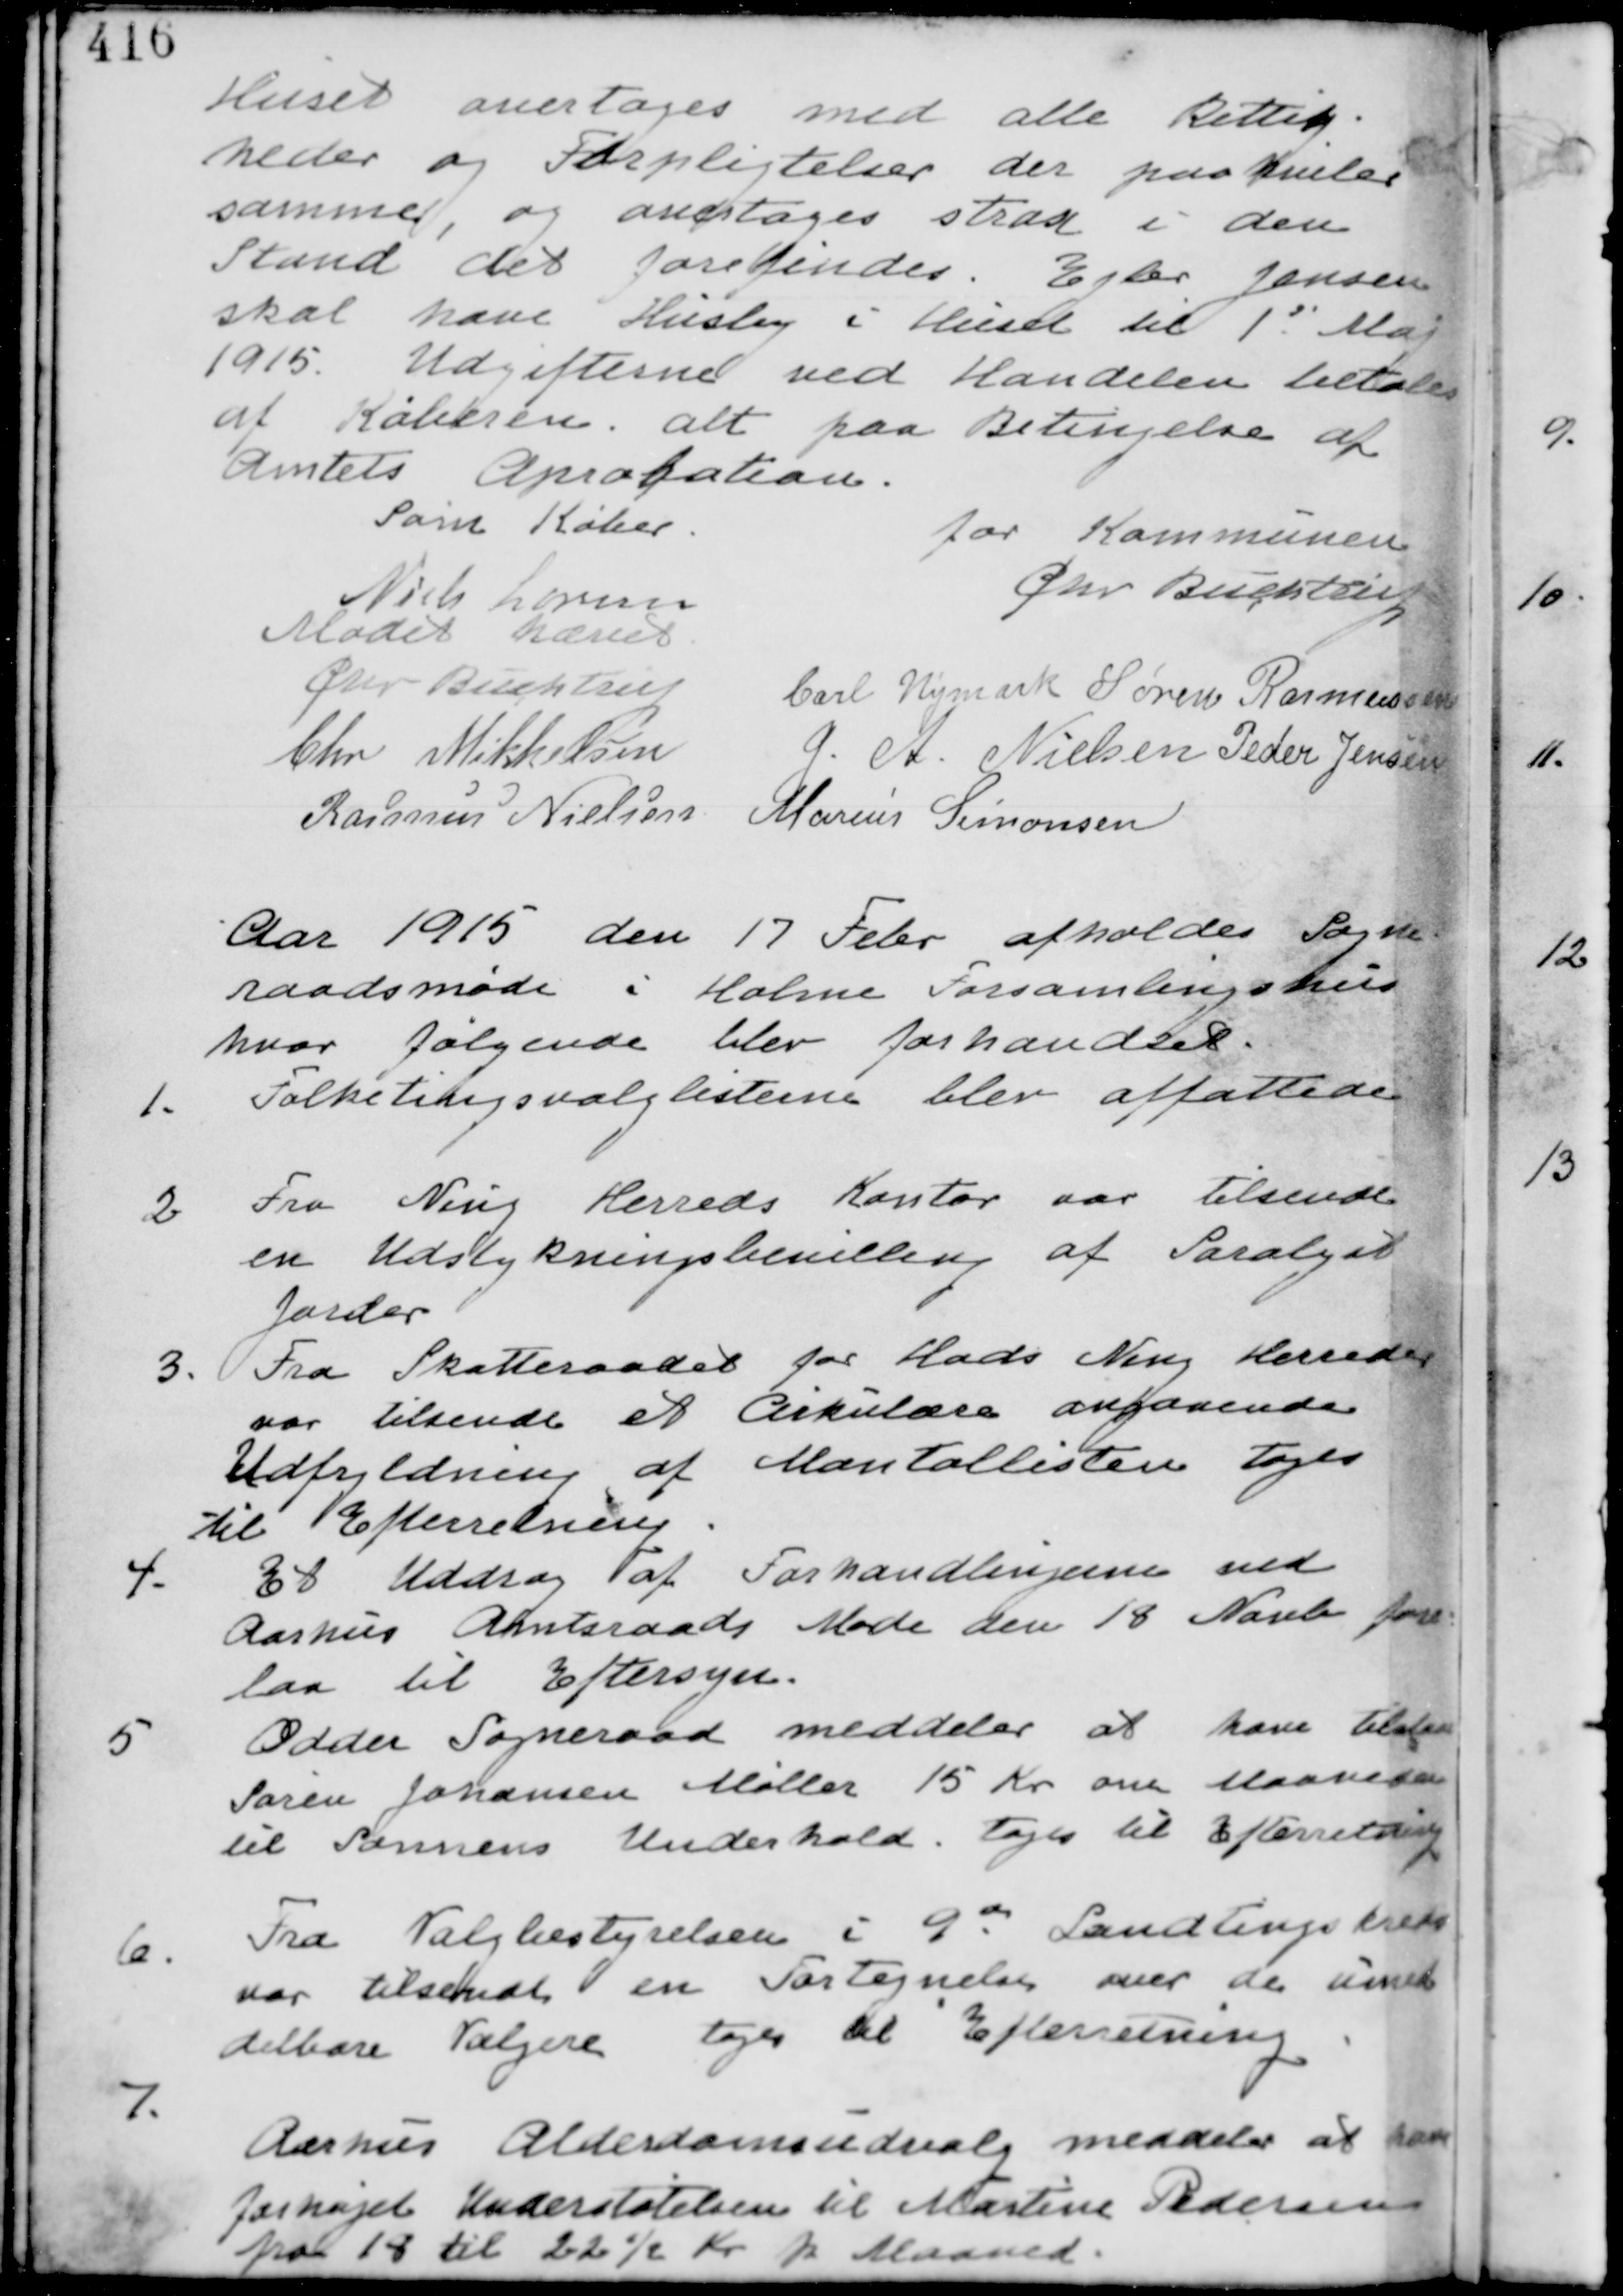
Transskription:
Huset overtages med alle Rettig-
heder og Forpligtelser der paahviler
samme, og overtages strax i den
Stand det forefindes. Ejler Jensen
skal have Husly i Huset til 1st Maj
1915. Udgifterne ved Handelen betales
af Køberen. alt paa Betingelse af
Amtets Apropation.

For Kommunen
Chr Buchtrup

Som Køber
Niels Larsen

Mødet hævet
Chr Buchtrup Carl Nymark Søren Rasmussen
Chr Mikkelsen G. A. Nielsen Peder Jensen
Rasmus Nielsen Marius Simonsen

Aar 1915 den 17 Febr afholdes Sogne-
raadsmøde i Holme Forsamlingshus
hvor følgende blev forhandlet

1. Folketingsvalglisterne blev affattede.

2. Fra Ning Herreds Kontor var tilsendt
en Udstykningsbevilling af Saralyst
Jorder

3. Fra Skatteraadet for Hads Ning Herreder
var tilsendt et Cirkulære angaaende
Udfyldning af Mantalslisten tages
til Efterretning

4.
Et Uddrag af Forhandlingerne ved
Aarhus Amtsraads Møde den 18 Novb fore-
laa til Eftersyn.

5
Odder Sogneraad meddeler at have tilstaaet
Søren Johansen Møller 15 Kr om Maaneden
til Sønnens Underhold. tages til Efterretning

6.
Fra Valgstyrelsen i 9de Landtingskreds
var tilsendt en Fortegnelse over de umid-
delbare Vælgere tages til Efterretning.

7.
Aarhus Alderdomsudvalg meddeler at have
forhøjet Understøttelsen til Martine Pedersen
fra 18 til 22 ½ Kr p Maaned.